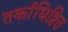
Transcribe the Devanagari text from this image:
तर्काधिष्ठित